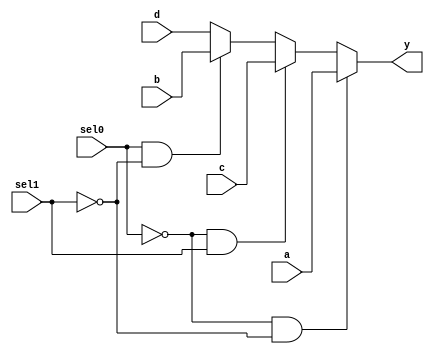
module Mux5bit (a, b,c,d ,sel0,sel1 , y);
input [4:0] a; 
input [4:0] b;
input [4:0] c;
input [4:0] d;
output [4:0] y ;
input sel0,sel1 ; 
reg [4:0] y ;

always @(a or b or c or d or sel0 or sel1)
begin
         if (!sel0 && !sel1) y=a ;
    else if (!sel0 && sel1) y=c ;
    else if (sel0 && !sel1) y=b;
    else y=d ;
end
endmodule 
//Magdy Mohamed Abdel Moneim Hafez